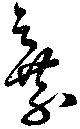
棄